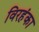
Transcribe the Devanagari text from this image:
विरहंका